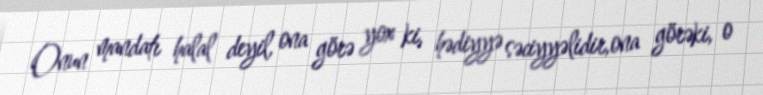
Onun mandatı halal deyil, ona görə yox ki, hədiyyə səciyyəlidir,ona görəki, o